Annual report of the Punjab Veterinary College and of the Civil Veterinary Department, Punjab - 1920-1925
Year: 1920
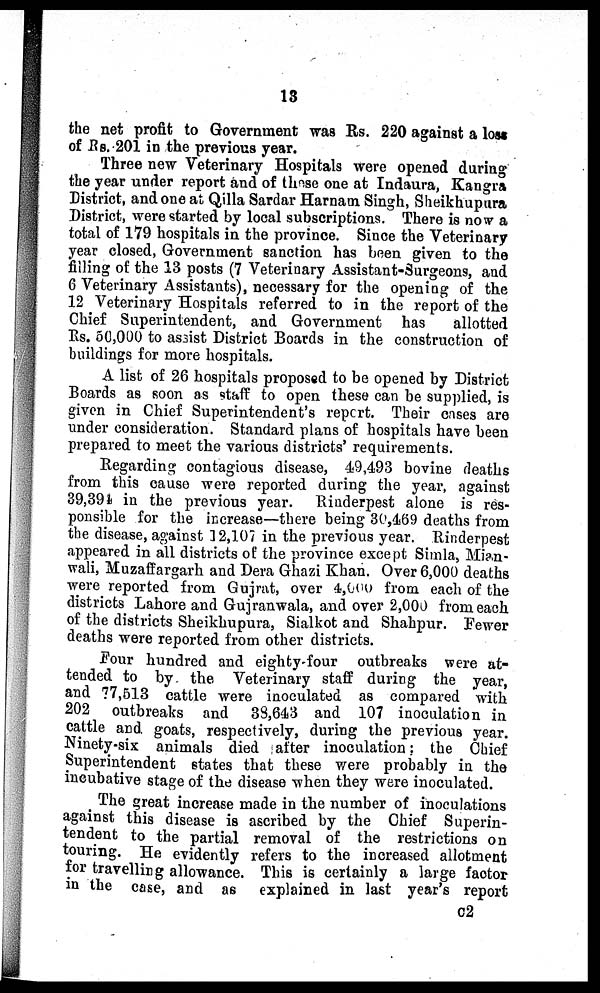
13
the net profit to Government was Rs. 220 against a loss
of RS. 201 in the previous year.
Three new Veterinary Hospitals were opened during
the year under report and of these one at Indaura, Kangra
District, and one at Qilla Sardar Harnam Singh, Sheikhupura
District, were started by local subscriptions. There is now a
total of 179 hospitals in the province. Since the Veterinary
year closed, Government sanction has been given to the
filling of the 13 posts (7 Veterinary Assistant-Surgeons, and
6 Veterinary Assistants), necessary for the opening of the
12 Veterinary Hospitals referred to in the report of the
Chief Superintendent, and Government has
allotted
Rs. 50,000 to assist District Boards in the construction of
buildings for more hospitals.
A list of 26 hospitals proposed to be opened by District
Boards as soon as staff to open these can be supplied, is
given in Chief Superintendent's report. Their cases are
under consideration. Standard plans of hospitals have been
prepared to meet the various districts' requirements.
Regarding contagious disease, 49,493 bovine deaths
from this cause were reported during the year, against
39,394 in the previous year. Rinderpest alone is res-
ponsible for the increase—there being 30,469 deaths from
the disease, against 12,107 in the previous year. Rinderpest
appeared in all districts of the province except Simla, Mian-
wali, Muzaffargarh and Dera Ghazi Khan. Over 6,000 deaths
were reported from Gujrat, over 4,000 from each of the
districts Lahore and Gujranwala, and over 2,000 from each
of the districts Sheikhupura, Sialkot and Shahpur. Fewer
deaths were reported from other districts.
Four hundred and eighty-four outbreaks were at-
tended to by the Veterinary staff during the year,
and 77,513 cattle were inoculated as compared with
202 outbreaks and 33,643 and 107 inoculation in
cattle and goats, respectively, during the previous year.
Ninety-six animals died after inoculation; the Chief
Superintendent states that these were probably in the
incubative stage of the disease when they were inoculated.
The great increase made in the number of inoculations
against this disease is ascribed by the Chief Superin-
tendent to the partial removal of the restrictions on
touring. He evidently refers to the increased allotment
for travelling allowance. This is certainly a large factor
in the case, and as explained in last year's report
c2